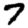
Digit: 7